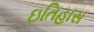
ઇતિહાસ